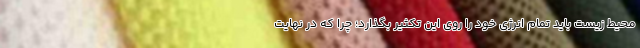
محیط زیست باید تمام انرژی خود را روی این تکثیر بگذارد؛ چرا که در نهایت